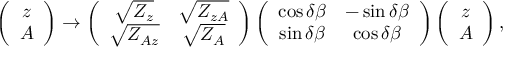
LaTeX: \left( \begin{array} { c } { { z } } \\ { { A } } \end{array} \right) \rightarrow \left( \begin{array} { c c } { { \sqrt { Z _ { z } } } } & { { \sqrt { Z _ { z A } } } } \\ { { \sqrt { Z _ { A z } } } } & { { \sqrt { Z _ { A } } } } \end{array} \right) \left( \begin{array} { c c } { { \cos \delta \beta } } & { { - \sin \delta \beta } } \\ { { \sin \delta \beta } } & { { \cos \delta \beta } } \end{array} \right) \left( \begin{array} { c } { { z } } \\ { { A } } \end{array} \right) ,